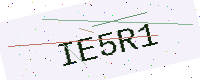
Text: IE5R1